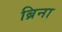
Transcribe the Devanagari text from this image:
ब्रिना